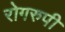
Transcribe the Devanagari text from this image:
रोगरुपी